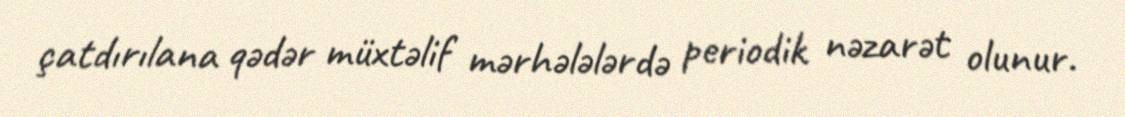
çatdırılana qədər müxtəlif mərhələlərdə periodik nəzarət olunur.